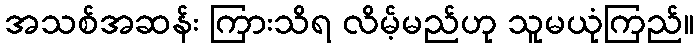
အသစ်အဆန်း ကြားသိရ လိမ့်မည်ဟု သူမယုံကြည်။